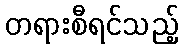
တရားစီရင်သည့်